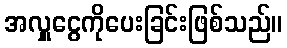
အလှူငွေကိုပေးခြင်းဖြစ်သည်။